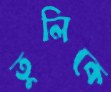
তুলিকে